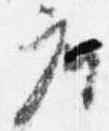
座